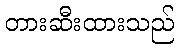
တားဆီးထားသည်